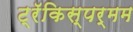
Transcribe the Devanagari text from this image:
ट्रॅकिस्पर्मम